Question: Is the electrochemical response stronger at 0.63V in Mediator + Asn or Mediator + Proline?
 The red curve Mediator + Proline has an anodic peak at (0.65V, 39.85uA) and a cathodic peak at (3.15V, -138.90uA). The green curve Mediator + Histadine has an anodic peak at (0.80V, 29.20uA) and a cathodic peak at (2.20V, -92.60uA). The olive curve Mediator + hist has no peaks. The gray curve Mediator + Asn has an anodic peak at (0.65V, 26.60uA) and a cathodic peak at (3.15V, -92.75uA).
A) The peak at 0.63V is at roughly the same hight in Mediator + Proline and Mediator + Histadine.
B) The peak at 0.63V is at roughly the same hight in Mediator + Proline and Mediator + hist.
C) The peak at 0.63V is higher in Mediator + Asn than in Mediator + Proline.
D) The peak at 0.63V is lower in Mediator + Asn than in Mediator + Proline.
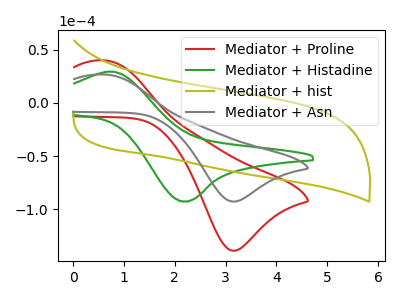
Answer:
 <answer>D) The peak at 0.63V is lower in "Mediator + Asn" than in "Mediator + Proline".</answer>
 <eval>D</eval>